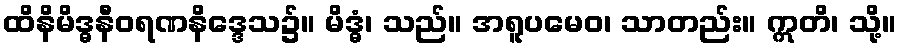
ထိနိမိဒ္ဓနီဝရဏနိဒ္ဒေသ၌။ မိဒ္ဓံ၊ သည်။ အရူပမေဝ၊ သာတည်း။ ဣတိ၊ သို့။